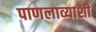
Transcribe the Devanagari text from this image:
पाणलाव्याशी